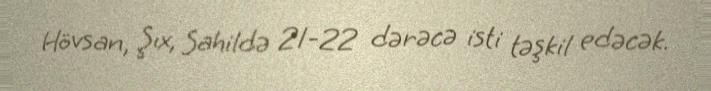
Hövsan, Şıx, Sahildə 21-22 dərəcə isti təşkil edəcək.